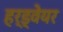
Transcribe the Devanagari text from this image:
हर्ड्वेयर